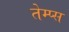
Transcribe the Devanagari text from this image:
तेम्प्स